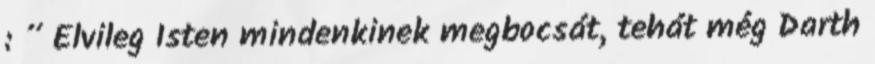
: ” Elvileg Isten mindenkinek megbocsát, tehát még Darth